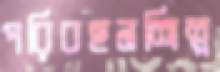
পরিবহনশিল্প